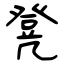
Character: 凳